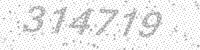
Solution: 314719